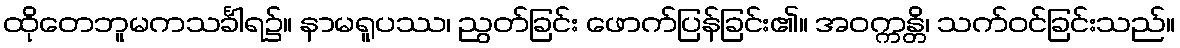
ထိုတေဘူမကသင်္ခါရ၌။ နာမရူပဿ၊ ညွတ်ခြင်း ဖောက်ပြန်ခြင်း၏။ အဝက္ကန္တိ၊ သက်ဝင်ခြင်းသည်။